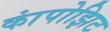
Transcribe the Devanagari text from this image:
कांपोझिट